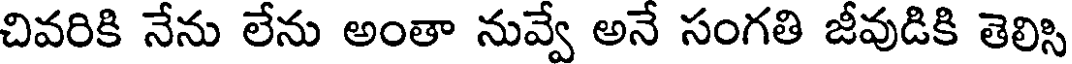
చివరికి నేను లేను అంతా నువ్వే అనే సంగతి జీవుడికి తెలిసి